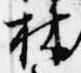
林